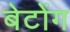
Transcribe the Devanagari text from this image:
बेटोंग